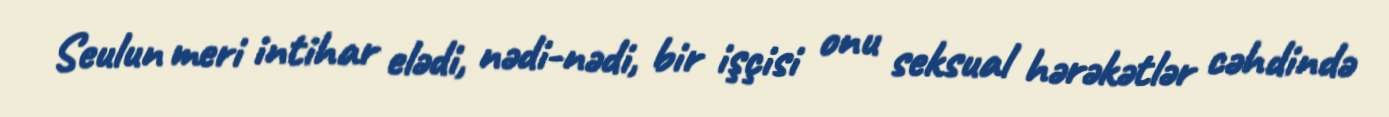
Seulun meri intihar elədi, nədi-nədi, bir işçisi onu seksual hərəkətlər cəhdində